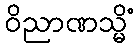
ဝိညာဏသ္မိံ